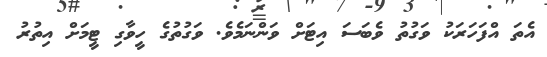
އެތަ އްފަހަރަކު ވަގުތު ވެބަސަ އިޓަށް ވަންނަމެވެ. ވަގުތުގެ ހީވާގި ޓީމަށް އިތުރު